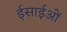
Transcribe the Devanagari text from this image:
ईसाईओं